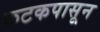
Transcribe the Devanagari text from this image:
कटकपासून